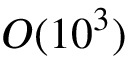
O ( 1 0 ^ { 3 } )